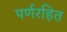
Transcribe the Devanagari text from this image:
पर्णरहित